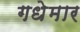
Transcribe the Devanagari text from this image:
गधेमार